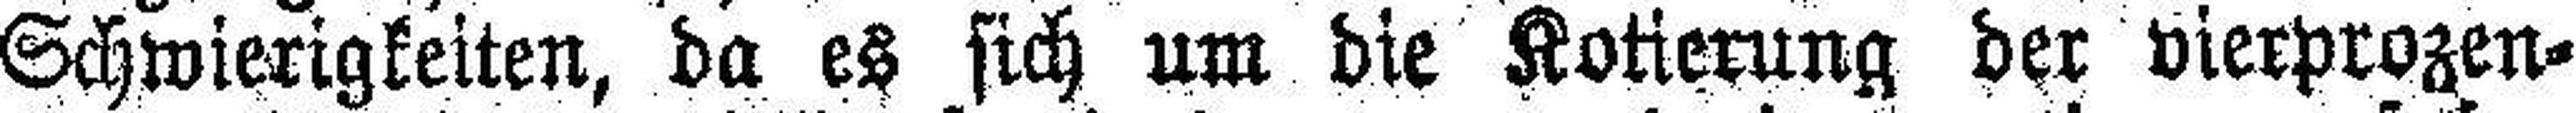
Schwierigkeiten, da es sich um die Kotierung der vierprozen¬